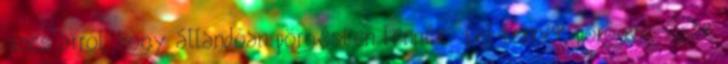
nincs arról, hogy állandóan pörgésben lennék fel lennék pörögve. Csak